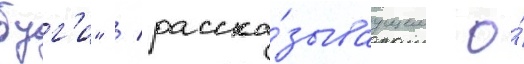
буг'и" / расска́зываущем о́